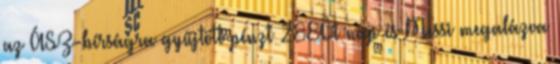
az ÁSZ-bírságra gyűjtött pénzt 288Öt nap és Messi megalázva